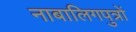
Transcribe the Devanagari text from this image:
नाबालिगपुत्रों